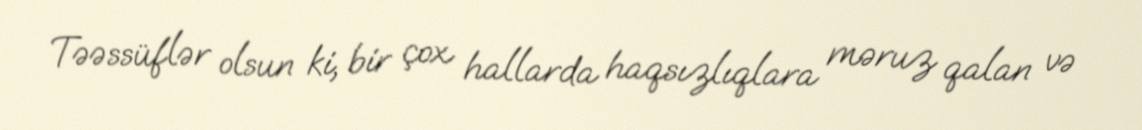
Təəssüflər olsun ki, bir çox hallarda haqsızlıqlara məruz qalan və